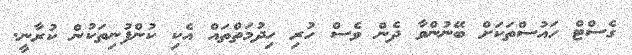
ގެސްޓް ހައުސްތަކަށް ބޭނުންވާ ދެން ވެސް ހުރި ހިދުމަތްތައް އެކި ކުންފުނިތަކުން ކުރާނީ.